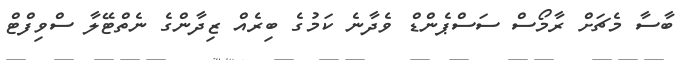
ބާސާ މެޗަށް ރާމޯސް ސަސްޕެންޑް ވެދާނެ ކަމުގެ ބިރެއް ޒިދާންގެ ނެތްޓޭލާ ސްވިފްޓް